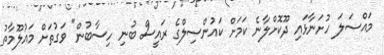
މައްސަލަ ހުށަނާޅައި ދޫކޮށްލާނެ ކަމަށް ކައުންސިލްގެ ރައީސް ބުނި ހިސާބުން" ވަގުތަށް މައުލޫމާތު